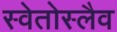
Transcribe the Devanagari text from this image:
स्वेतोस्लैव